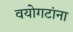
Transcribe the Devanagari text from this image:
वयोगटांना